Report on plague and inoculation in the Punjab from October 1st ... to September 30th..., being the ... season of plague in the province
Disease focus: Plague
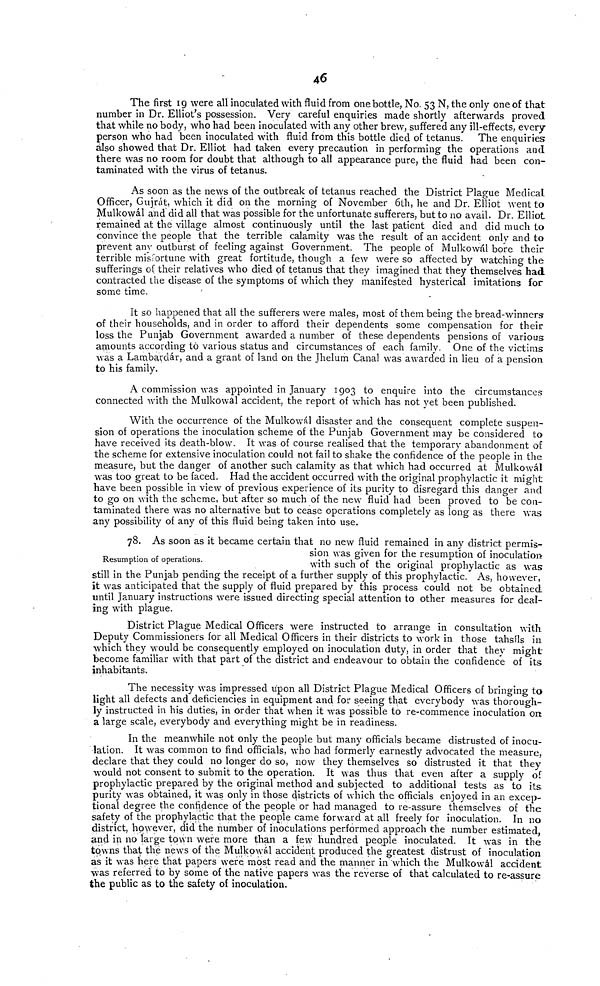
46
The first 19 were all inoculated with fluid from one bottle, No. 53 N, the only one of that
number in Dr. Elliot's possession. Very careful enquiries made shortly afterwards proved
that while no body, who had been inoculated with any other brew, suffered any ill-effects, every
person who had been inoculated with fluid from this bottle died of tetanus. The enquiries
also showed that Dr. Elliot had taken every precaution in performing the operations and
there was no room for doubt that although to all appearance pure, the fluid had been con-
taminated with the virus of tetanus.
As soon as the news of the outbreak of tetanus reached the District Plague Medical
Officer, Gujrát, which it did on the morning of November 6th, he and Dr. Elliot went to
Mulkowál and did all that was possible for the unfortunate sufferers, but to no avail. Dr. Elliot
remained at the village almost continuously until the last patient died and did much to
convince the people that the terrible calamity was the result of an accident only and to
prevent any outburst of feeling against Government. The people of Mulkowál bore their
terrible misfortune with great fortitude, though a few were so affected by watching the
sufferings of their relatives who died of tetanus that they imagined that they themselves had
contracted the disease of the symptoms of which they manifested hysterical imitations for
some time.
It so happened that all the sufferers were males, most of them being the bread-winners
of their households, and in order to afford their dependents some compensation for their
loss the Punjab Government awarded a number of these dependents pensions of various
amounts according tó various status and circumstances of each family. One of the victims
was a Lambardár, and a grant of land on the Jhelum Canal was awarded in lieu of a pension
to his family.
A commission was appointed in January 1903 to enquire into the circumstances
connected with the Mulkowál accident, the report of which has not yet been published.
With the occurrence of the Mulkowál disaster and the consequent complete suspen-
sion of operations the inoculation scheme of the Punjab Government may be considered to
have received its death-blow. It was of course realised that the temporary abandonment of
the scheme for extensive inoculation could not fail to shake the confidence of the people in the
measure, but the danger of another such calamity as that which had occurred at Mulkowál
was too great to be faced. Had the accident occurred with the original prophylactic it might
have been possible in view of previous experience of its purity to disregard this danger and
to go on with the scheme, but after so much of the new fluid had been proved to be con-
taminated there was no alternative but to cease operations completely as long as there was
any possibility of any of this fluid being taken into use.
Resumption of operations.
78. As soon as it became certain that no new fluid remained in any district permis-
sion was given for the resumption of inoculation
with such of the original prophylactic as was
still in the Punjab pending the receipt of a further supply of this prophylactic. As, however,
it was anticipated that the supply of fluid prepared by this process could not be obtained
until January instructions were issued directing special attention to other measures for deal-
ing with plague.
District Plague Medical Officers were instructed to arrange in consultation with
Deputy Commissioners for all Medical Officers in their districts to work in those tahsils in
which they would be consequently employed on inoculation duty, in order that they might
become familiar with that part of the district and endeavour to obtain the confidence of its
inhabitants.
The necessity was impressed upon all District Plague Medical Officers of bringing to
light all defects and deficiencies in equipment and for seeing that everybody was thorough-
ly instructed in his duties, in order that when it was possible to re-commence inoculation on
a large scale, everybody and everything might be in readiness.
In the meanwhile not only the people but many officials became distrusted of inocu-
lation. It was common to find officials, who had formerly earnestly advocated the measure,
declare that they could no longer do so, now they themselves so distrusted it that they
would not consent to submit to the operation. It was thus that even after a supply of
prophylactic prepared by the original method and subjected to additional tests as to its
purity was obtained, it was only in those districts of which the officials enjoyed in an excep-
tional degree the confidence of the people or had managed to re-assure themselves of the
safety of the prophylactic that the people came forward at all freely for inoculation. In no
district, however, did the number of inoculations performed approach the number estimated,
and in no large town were more than a few hundred people inoculated. It was in the
towns that the news of the Mulkowál accident produced the greatest distrust of inoculation
as it was here that papers were most read and the manner in which the Mulkowál accident
was referred to by some of the native papers was the reverse of that calculated to re-assure
the public as to the safety of inoculation.